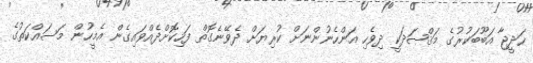
ޚަދީޖާ އަބޫބަކުރުގެ މަޤްޞަދަކީ ދިވެހި އަންހެނުންނަށް ކުރިޔަށް ދެވޭނެގޮތް ފަހިކޮށްދެއްވައިގެން އެމީހުން މަސައްކަތުގެ